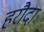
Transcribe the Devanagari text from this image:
हरौदा